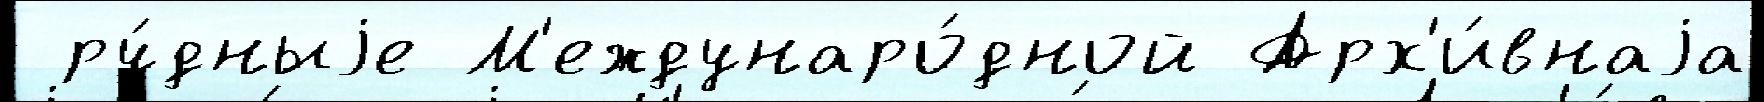
 ру́дныjе М'еждунаро́дной Арх'и́внаjа